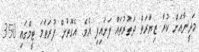
މަދީނާއަށް ކުރާ ޒިޔާރަތް ދަތުރުތައް ފަށައިފި އެވެ. އެގޮތުން ފުރަތަމަ ޓީމްގައި 350